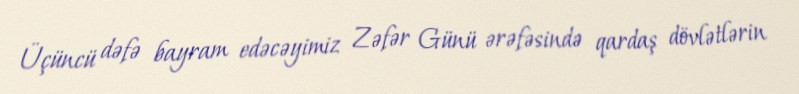
Üçüncü dəfə bayram edəcəyimiz Zəfər Günü ərəfəsində qardaş dövlətlərin